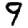
Digit: 9